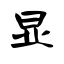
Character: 显